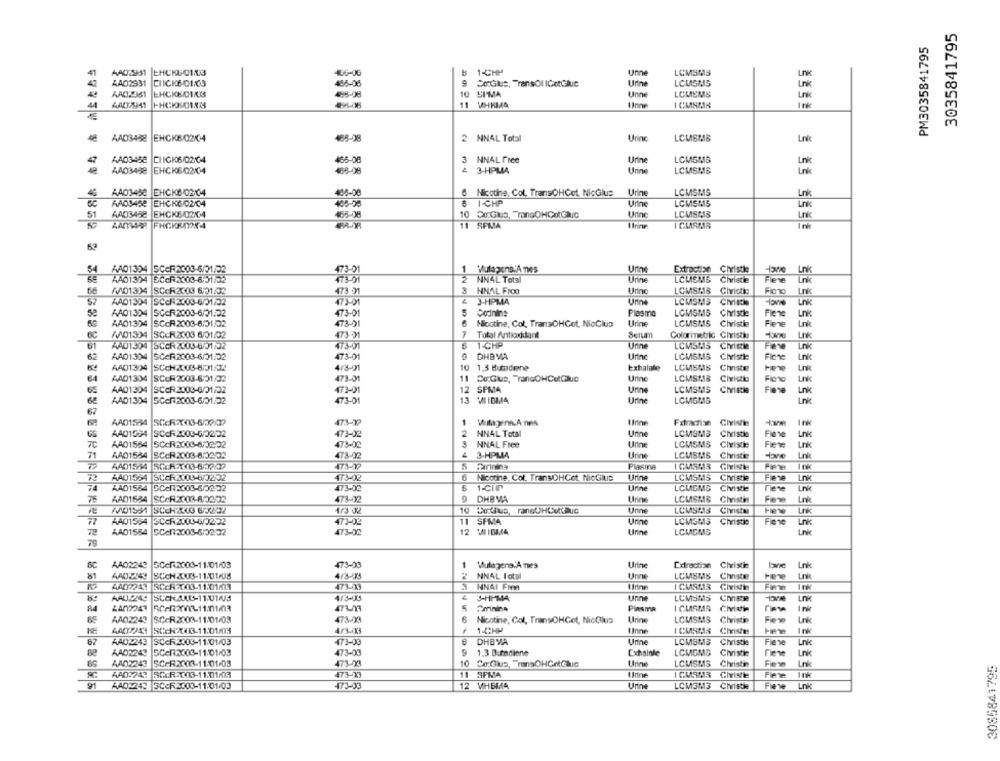
3035841795
PM3035841795
41
AAD251 |EHCRU 01/3
1-CHP
Unne
LCMSM5
AA02931
ConGlus, TransOl IGetGlue
Urine
LCMSMS
AAD2361
EHCKEDIALS
=
10 SIMA
Unne
LCMEMS
Løk
A4025841
-
1 pk
AAD3458
EHCK8/02/04
488-08
2 NNAL Total
Urinc
LCMSMB
Lnk
AAD3458
CIICI06/02/04
485-08
3 NNAL Free
Urine
LCMSM18
AA03438
EHCK6/02/04
468-08
4 3-HPMA
Urine
LCMSMS
LCMSMS
4
AA03450 EHCKE 02/04
6 Nicotine, Col. TransOHGot, NicGlus
Urine
Lnk
AAD34SE EHCKO/02/04
403-28
8 1-CHP
Urine
LCMSM5
Lnk
51
AAD3458 EHCKE/02-4
10 Co Glua, TransOHCotGliC
Urine
LCMSTAS
11 SPMA
54
AA01304 SCCF2003-6/01/02
173-01
1 Vulapens:A nes
Urine
Extraction Christie
Unk
AA013 34 ECCR2003-6-51702
2 NN4L Total
Urine
LCHIEMS Chvistle
Lrk
(01334 SCOR2003 6/01/02
3
NNAL FIOO
Urino
LCMSM& Civictis
473 01
57
AAD1304 SCCR2003-6/01/02
473-01
3-HPMA
Unne
LCMSMS Civicth
Lnk
se
AA01304
SCCF2003-6/01/02
473-01
Codnine
Plasma
LCMSMS Christie
Lnk
Flex
60
AA01304 SCOR2003-6/01/02
473-01
Nioctine, Col. TransOHGot, NicClus
Urine
LCMSMS
Christie
Fiene
Unk
W01334 SC-R2003 6/01/02
473 0
7
Total Antioxidant
Serum
Colorimetric Civisti
Lnk
61
473-01
1-CHP
Unn
LCMS AS Chicke
Fiere
Lnk
62
AA01304
SCAR2003-6/01/02
473-01
DHB MA
Urine
LCMSM8 Civisthe
Fiche
AAD1324
SCCH2003-6.01.032
4/3-01
10
1,3 Butadiene
Exhalale
Chnste
Here
64
A401304
SCCF2003-6/01/22
473-01
11
Co:Guus, "TanGOHCotGlue
Urine
LCMSMAS Civici
AAD1304
12 SPMA
Urine
LCMSMS
Fiene
65
SCOR2003-6/01/02
473-01
Christie
Unk
GE
AAD1304
5Cc/2003-6/01:32
473-01
13
VIIBM4
Urine
LCMSMS
67
62
AAD1554
1
Villagenn'A nes
Fxtractisn
Givistte
-
AAD1994
SCch2003-6/0202
473-02
2
NNAL Total
LCMSMS
Christie
Fiese
7C
AA01584
SC-R2003-8/02:32
473-02
3
NNAL Free
Urine
LCMSMS
Civistie
Fiene
Lnk
71
AA01584
SCCR2003-6/0202
473-02
3-HPMIA
Urine
LCMSMS
Civistie
dove
Lnk
Arinina
PHAMA
AAD1564
5
AA01564 SCAR2003-6/0202
6
Nicotine, Col. TransOHGot. NicGlus
Urine
LCMSMS Christie
Fiene
Lnk
AAD1584
SCAN2003-6/02-32
73.00
1-CIIN
Urine
LCMGMS
Civistie
AAD1584
473-20
DHBVA
Urine
LCMSMB Civistin
Few
Lok
AND1551 SCCHZUG 6/3202
10 Lotus ransUHCultivo
Unne
LCMS413 Civist
77
AA01564
3CCR2000-6/0232
473-02
11
SFMA
Urine
LCMSMS Christie
Link
AAD1584
GCen2003-6/02:32
473-02
12 MIIDMA
Urine
LCMEMS
AAD2249
SC-R2003-11:01/09
473-00
1
Lnk
Vulagens:A nies
Udine
Extraction Civistie
lavie
81
AADZNY
SCCH 2003-11:01/08
2 NNAL Iotal
Unne
LCMSMS
Chnstre
Lnk
440 241 SCCR2003-11:01/03
473-03
3
NNAI Font
ICMSAR
Givivte
Fine
Ink
4/3-X3
S-HIMMA
Unne
LCMSMS
CmRR
Lnk
84
Arrinina
Plasma
AA02243
SC-R2003-11/01/03
473-03
Nicotine, Col, TransOHGot, NicClus
Urine
LCMSMS Civistie
Few
Lnk
SCck 303-11:01/03
Ink
87
AAD2243
SCCR2003-11:01/03
DHBVA
Unne
LCMSM3
Christie
Fiewe
Lnk
AAD2243
SCAR2003-11:01/03
473-00
S
1.3 Dumdiene
Exhalole
LCMEME
Christie
Tiene
AAD2243
SC-R2003-11:01/03
10
Co.Gha, TransOHCrtGluc
Urine
LCMSMS
Christin
Lok
3085841795
473-33
11
SPMA
Giviste
Fimne
Ink
91
AAD2243 5CcR2003-11:01/03
473-93
12 VHBMA
Urine
LCM3M3 Christie
Flere
Link